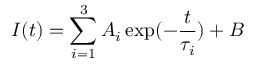
I ( t ) = \sum _ { i = 1 } ^ { 3 } A _ { i } \exp ( - \frac { t } { \tau _ { i } } ) + B